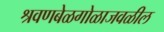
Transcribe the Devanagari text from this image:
श्रवणबेळगोळाजवळील